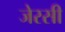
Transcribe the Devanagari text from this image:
जेरसी